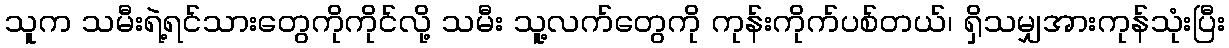
သူက သမီးရဲ့ရင်သားတွေကိုကိုင်လို့ သမီး သူ့လက်တွေကို ကုန်းကိုက်ပစ်တယ်၊ ရှိသမျှအားကုန်သုံးပြီး